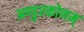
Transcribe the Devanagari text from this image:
अण्डुरकोणम्